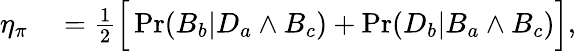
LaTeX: \begin{array}{rl}{\eta_{\pi}}&{{}=\frac{1}{2}\Big[\operatorname*{Pr}(B_{b}|D_{a}\land B_{c})+\operatorname*{Pr}(D_{b}|B_{a}\land B_{c})\Big],}\end{array}